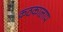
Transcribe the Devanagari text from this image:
कठकालाप